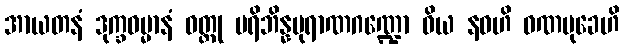
အာယတနံ ဒုက္ခဓမ္မာနံ ဝတ္ထု ပရိဘိန္နပုရာဏဂဏ္ဍော ဝိယ နဝဟိ ဝဏမုခေဟိ